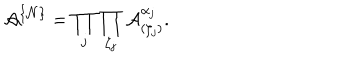
LaTeX: { \mathcal A } ^ { \{ { \mathcal N } \} } = \prod _ { j } \prod _ { \zeta _ { j } } { \mathcal A } _ { ( \zeta _ { j } ) } ^ { \alpha _ { j } } .